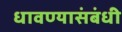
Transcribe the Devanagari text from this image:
धावण्यासंबंधी